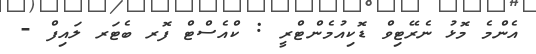
އެންމެ މޮޅު ނެރޭޓިވް ޑޮކިއުމެންޓްރީ : ކްއެސްޓް ފޮރ ބެޓަރ ލައިފް -